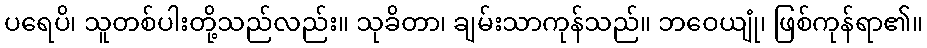
ပရေပိ၊ သူတစ်ပါးတို့သည်လည်း။ သုခိတာ၊ ချမ်းသာကုန်သည်။ ဘဝေယျုံ၊ ဖြစ်ကုန်ရာ၏။